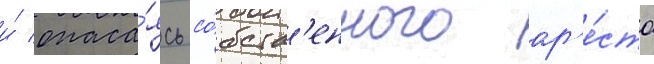
и́ опаса́ясь со́бств'енного ар'е́ста